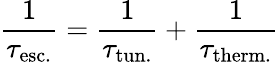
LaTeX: {\frac{1}{\tau_{\mathrm{esc.}}}}={\frac{1}{\tau_{\mathrm{tun.}}}}+{\frac{1}{\tau_{\mathrm{therm.}}}}